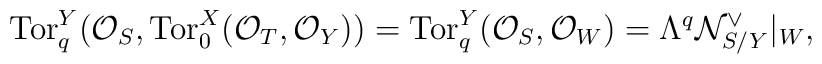
\mbox{Tor}_q^Y({\cal O}_S, \mbox{Tor}_0^X({\cal O}_T, {\cal O}_Y)) = \mbox{Tor}_q^Y({\cal O}_S, {\cal O}_W) =\Lambda^q {\cal N}_{S/Y}^{\vee}|_W,